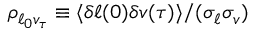
\rho _ { \ell _ { 0 } v _ { \tau } } \equiv \langle \delta \ell ( 0 ) \delta v ( \tau ) \rangle / ( \sigma _ { \ell } \sigma _ { v } )